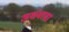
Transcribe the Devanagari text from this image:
असंवाद्य